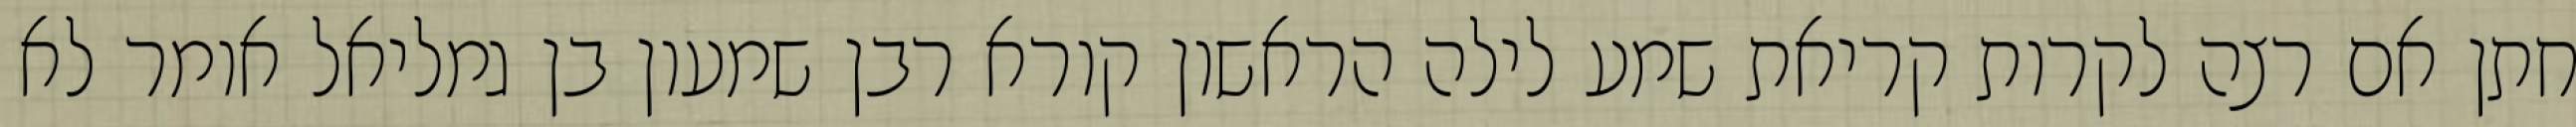
חתן אם רצה לקרות קריאת שמע לילה הראשון קורא רבן שמעון בן גמליאל אומר לא